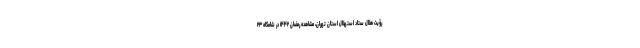
رؤیت هلال ستاد استهلال استان تهران، مشاهده رمضان ۱۴۴۲ در شامگاه ۲۳